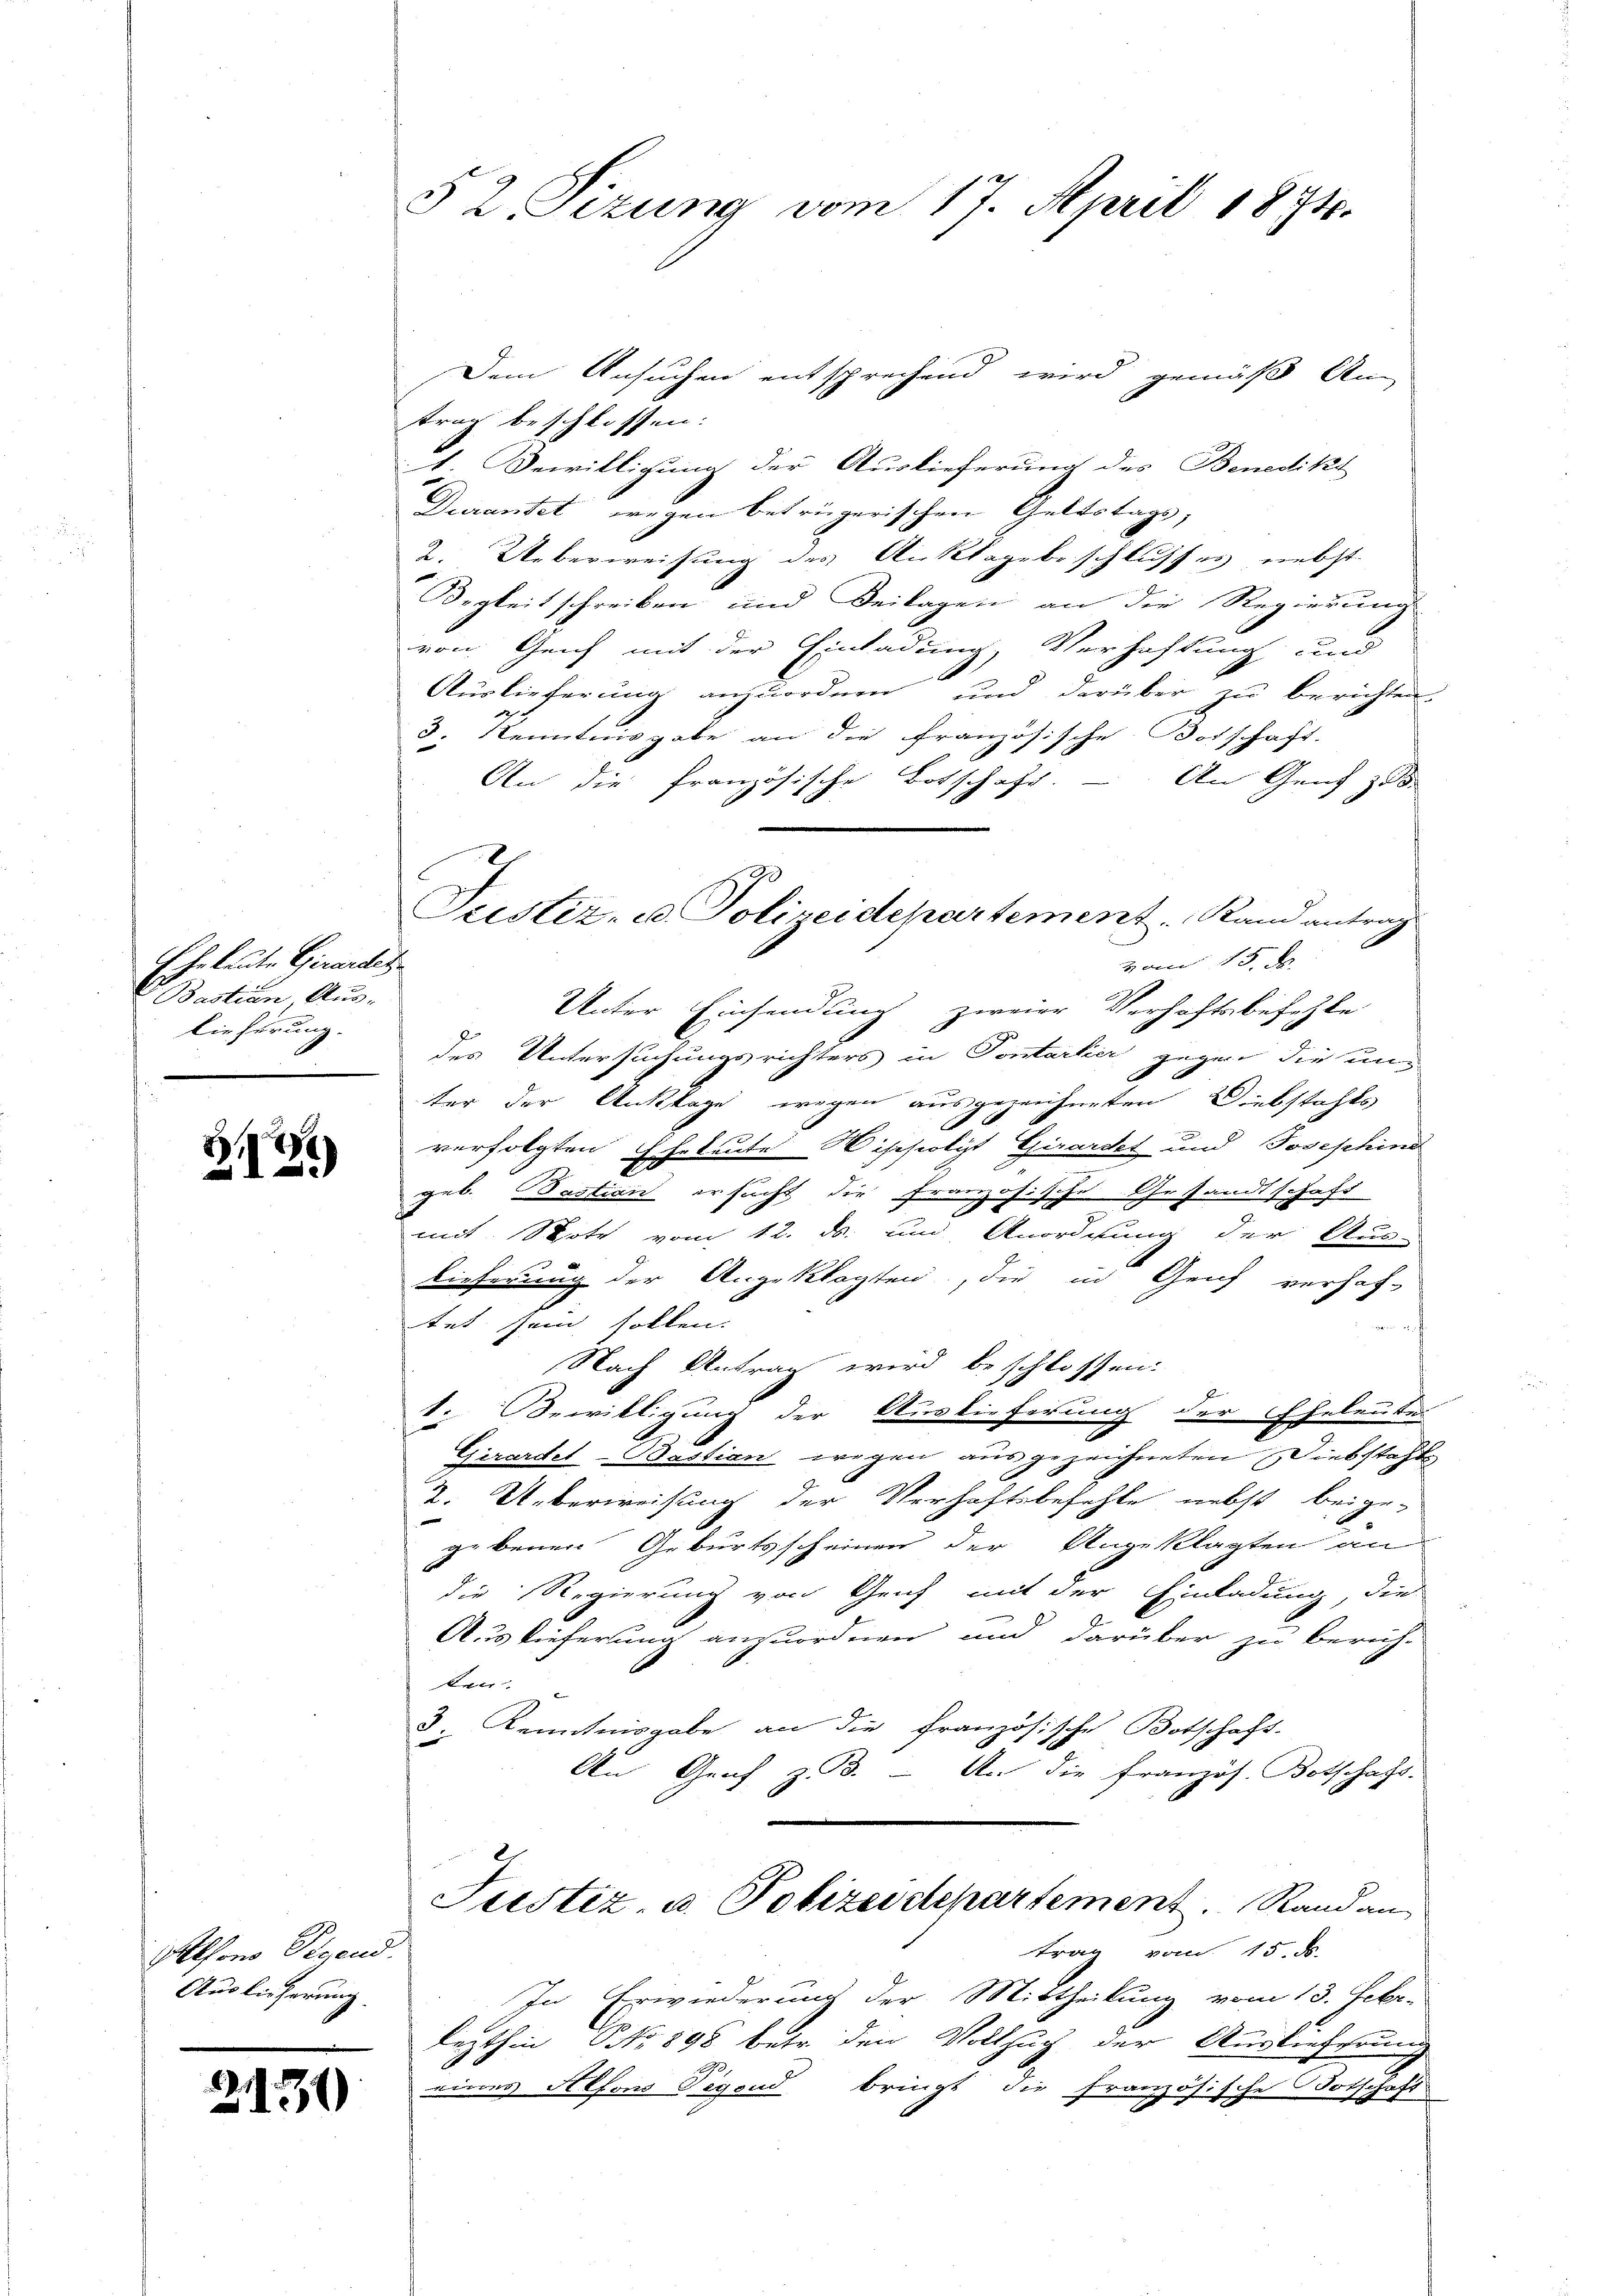
Eheleute Girardes
 Bastian Aus-
Die herung-

)
21

Alfons Segend.
Auslieferung

2131

§ 2 sezung vom 17. April 1874.

Dem Ansuchen entsprechend wird gemäß An-
trag beschlossen:
1. Bewilligung der Auslieferung des Benedikt
Durantet wegen betrügerischen Geltstage,
2. Ueberweisung des Anklagsbeschlusses nebst
Begleitschreiben und Beilagen an die Regierung
von Geich mit der Einladung, Verhaftung und
Auslieferung anzuordnen und darüber zu berichten,
3. Kenntnisgabe an die französische Botschaft.
An die französische Botschaft. – An Genf zu
Unter Einsendung zweier Verhaftsbefehle
des Untersuchungsrichters in Pontarker gegen die unter der Anklage wegen ausgezeichneten Diebstahls
verfolgten Eheleute Wippolyt Girardet und Josephind
geb. Bastian ersucht die französische Gesandtschaft
E
mit Note vom 12. ds. und Anordnung der Aus-
Lieferung der Angeklagten, die in Genf verhaf-
tet sein sollen.
h
Nach Antrag wird beschlossen:
1. Bewilligung der Auslieferung der Eheleute
Girardel-Bastian wegen ausgezeichneten Diebstahls
2. Ueberweisung der Verhaftsbefehle nebst beige-
gebenen Geburtsscheinen der Angeklagten an
die Regierung von Genf mit der Einladung, die
Auslieferung anzuordnen und darüber zu beruh-
ten.
3. Kenntnisgabe an die französische Botschaft-
An Graf z. B. - An die französ. Botschaft.
Justiz, u. Polizeidepartement. Rand an
trag vom 15. ds.
In Erwiederung der Mittheilung vom 13. Febr.
lezthin No 898 betr. den Vollsuch der Auslieferung
eines Alfons Segend bringt die französische Totschaft

Justiz- u. Polizeidepartement. Rand antrag
vom 15. J